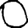
Digit: 0